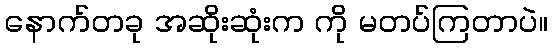
နောက်တခု အဆိုးဆုံးက ကို မတပ်ကြတာပဲ။